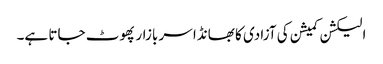
الیکشن کمیشن کی آزادی کا بھانڈا سر بازار پھوٹ جاتا ہے۔